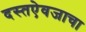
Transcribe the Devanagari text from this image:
दस्तऐवजाचा